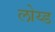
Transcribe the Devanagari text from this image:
लोय्ड